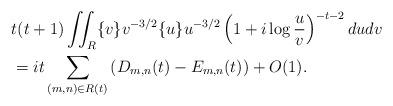
LaTeX: \begin{align*}&t(t+1) \iint_R \{v\} v^{-3/2} \{u\} u^{-3/2} \left(1+i\log\frac{u}{v}\right)^{-t-2} dudv \\&= it \sum_{(m,n)\in R(t)} \left(D_{m,n}(t) - E_{m,n}(t)\right) + O(1).\end{align*}